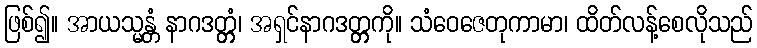
ဖြစ်၍။ အာယသ္မန္တံ နာဂဒတ္တ္တံ၊ အရှင်နာဂဒတ္တ္တကို။ သံဝေဇေတုကာမာ၊ ထိတ်လန့်စေလိုသည်